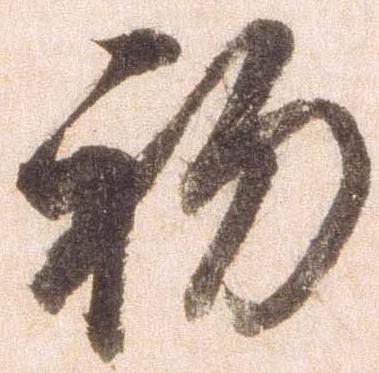
初